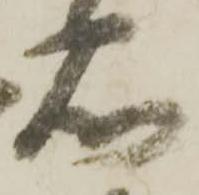
石